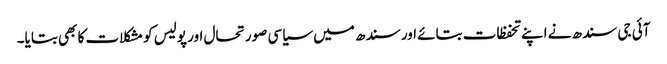
آئی جی سندھ نے اپنے تحفظات بتائے اور سندھ میں سیاسی صورتحال اور پولیس کو مشکلات کا بھی بتایا۔